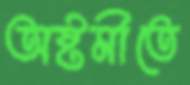
অষ্টমীতে